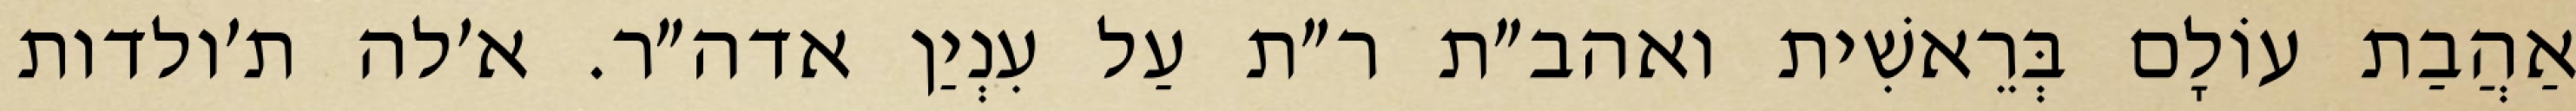
אַהֲבַת עוֹלָם בְּרֵאשִׁית ואהב״ת ר״ת עַל עִנְיַן אדה״ר. א׳לה ת׳ולדות